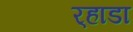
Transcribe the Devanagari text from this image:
र्‍हाडा